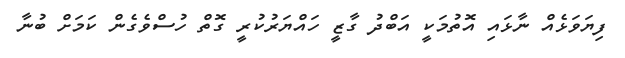
ފިޔަވަޅެއް ނާޅައި އޮތުމަކީ އަބްދު ގާޒީ ހައްޔަރުކުރީ ގޮތް ހުސްވެގެން ކަމަށް ބުނާ